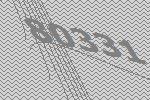
80331